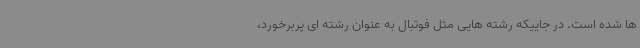
ها شده است. در جاییکه رشته هایی مثل فوتبال به عنوان رشته ای پربرخورد،